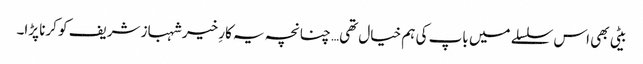
بیٹی بھی اس سلسلے میں باپ کی ہم خیال تھی… چنانچہ یہ کارِ خیر شہباز شریف کو کرنا پڑا۔